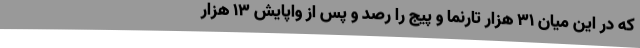
که در این میان 31 هزار تارنما و پیج را رصد و پس از واپایش 13 هزار